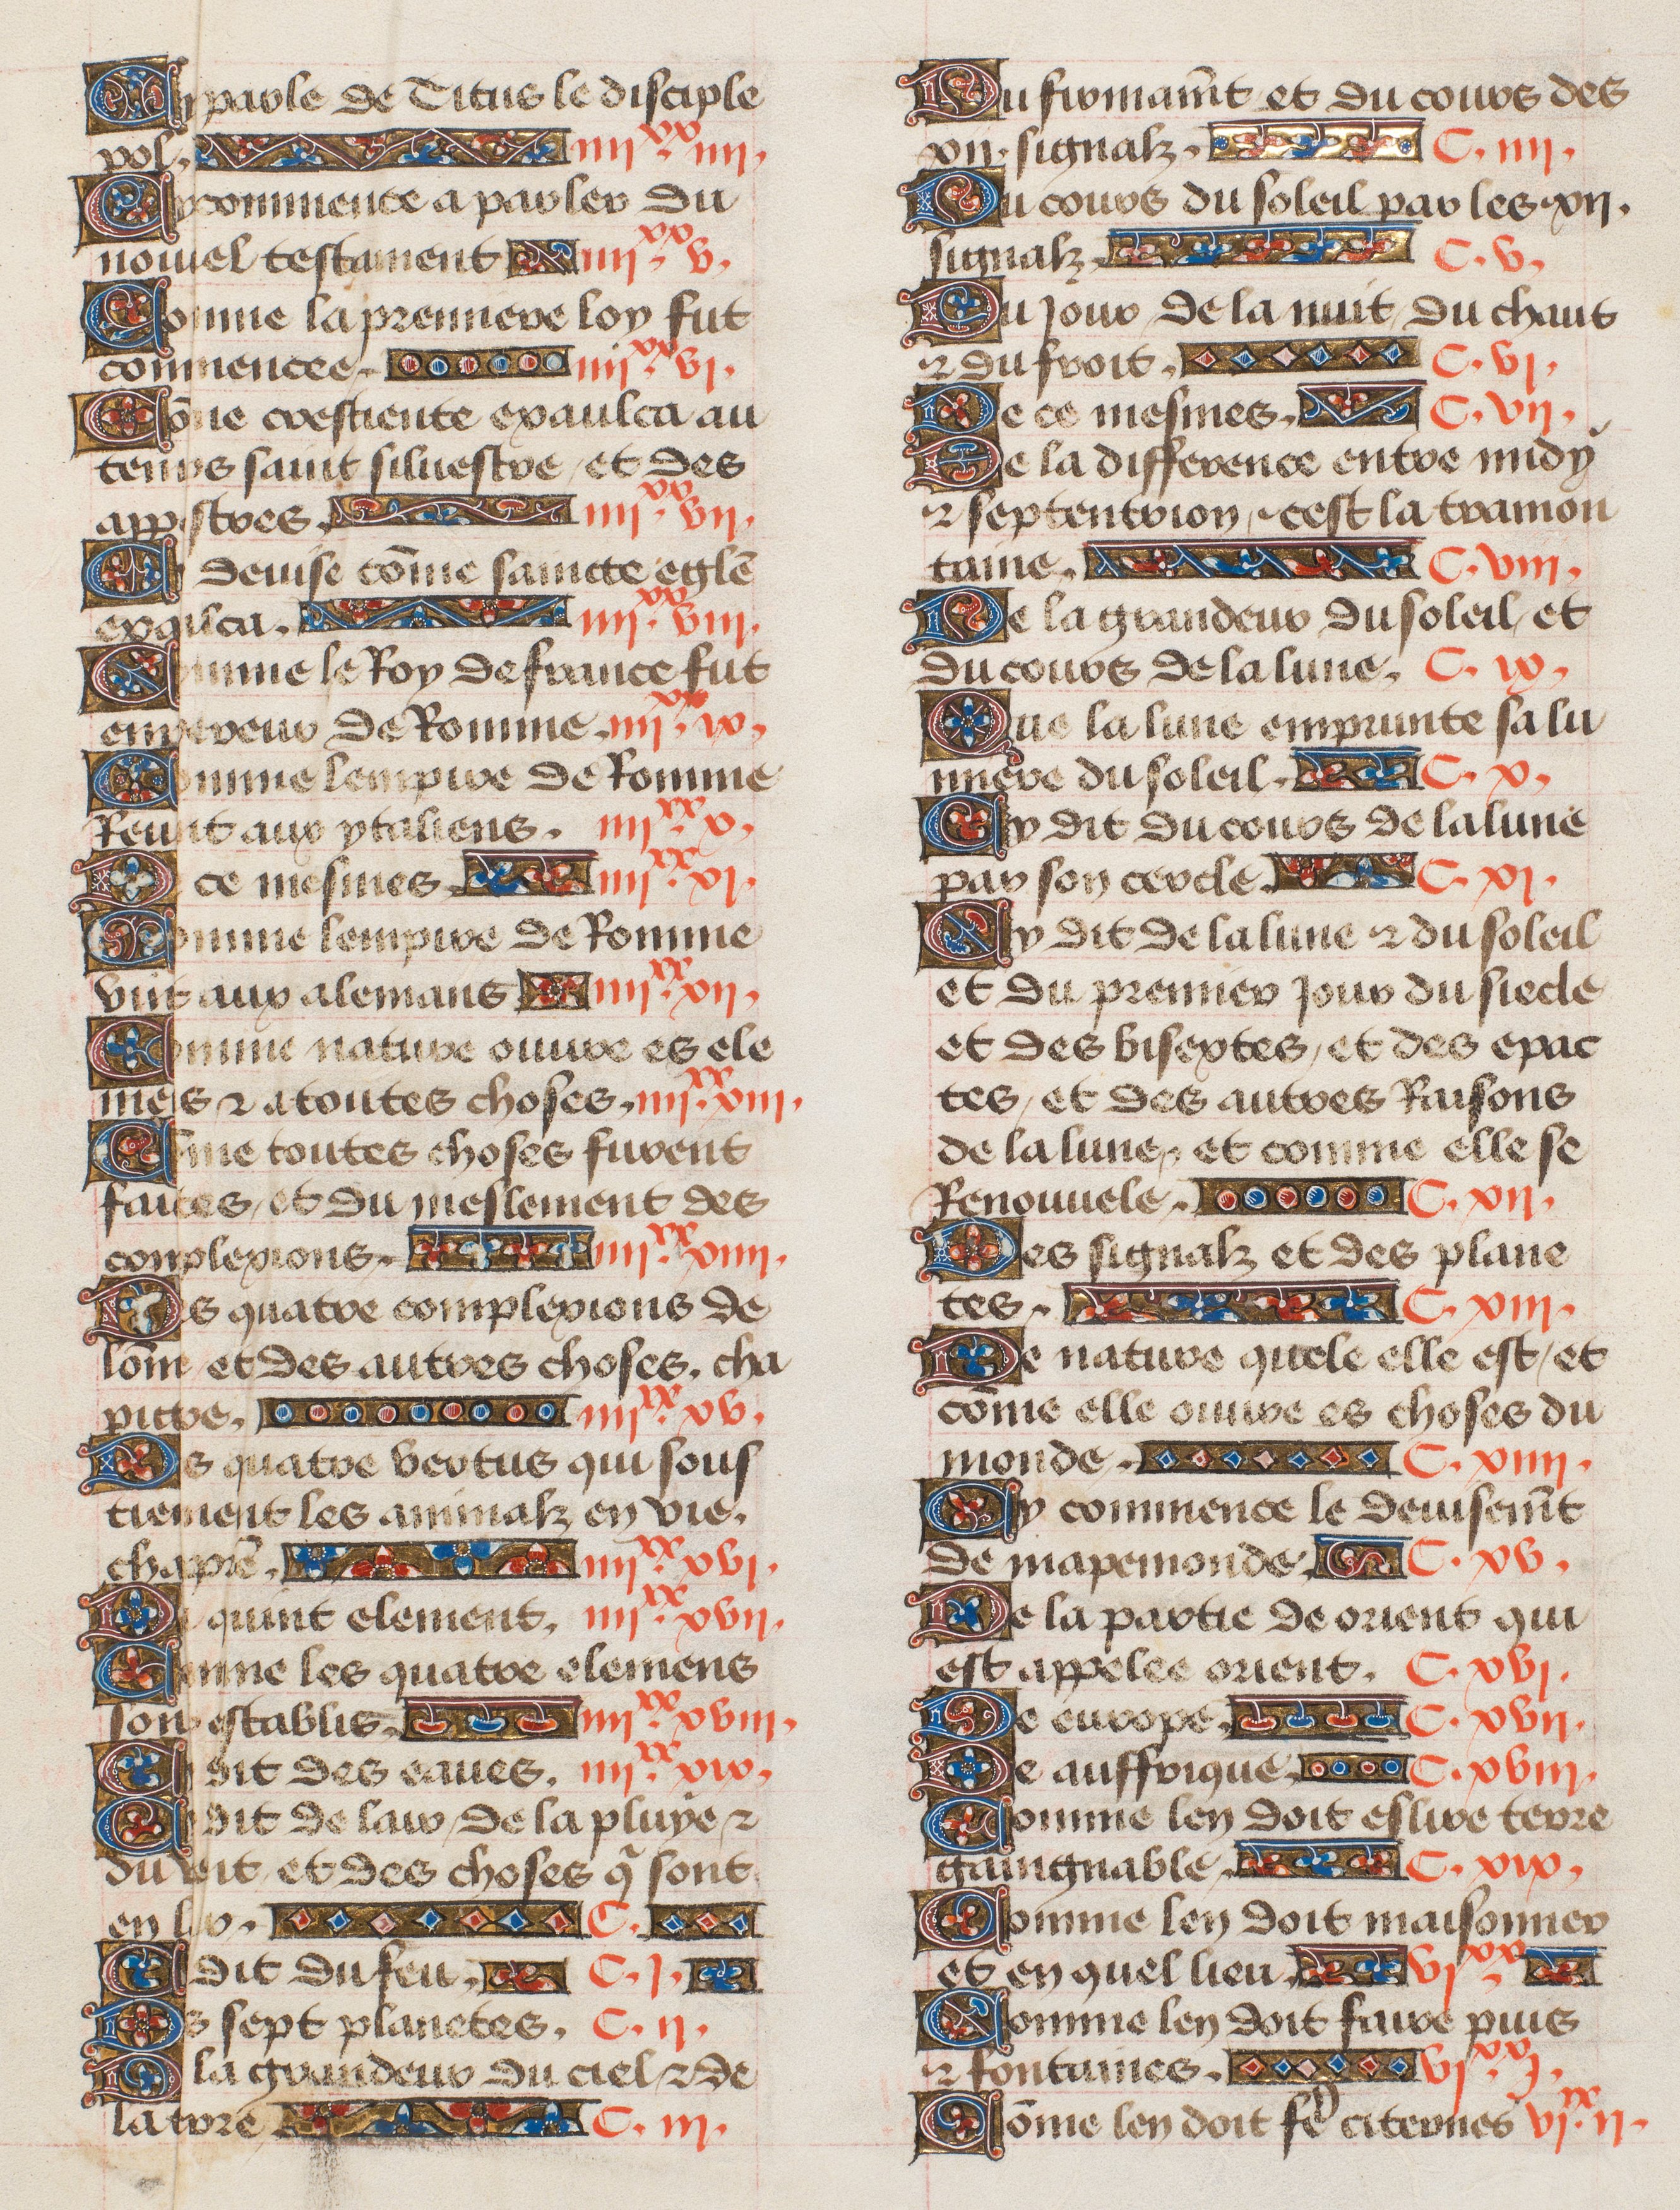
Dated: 1435–1495